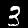
Label: 3